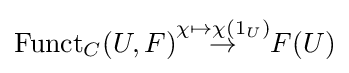
\operatorname {Funct} _{C}(U,F){\overset {\chi \mapsto \chi (1_{U})}{\to }}F(U)